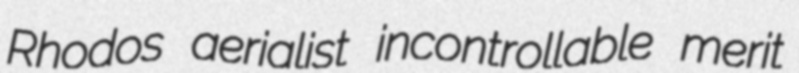
Rhodos aerialist incontrollable merit